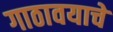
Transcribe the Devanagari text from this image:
गाठावयाचे